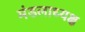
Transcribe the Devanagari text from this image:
मंडलाध्यक्ष